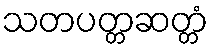
သတပတ္တဆတ္တံ